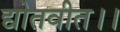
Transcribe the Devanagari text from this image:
द्योतवीत।।